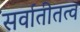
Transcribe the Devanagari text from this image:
सर्वातीतत्व